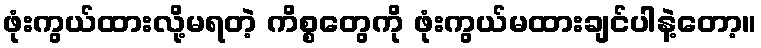
ဖုံးကွယ်ထားလို့မရတဲ့ ကိစ္စတွေကို ဖုံးကွယ်မထားချင်ပါနဲ့တော့။